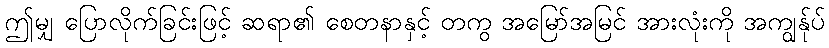
ဤမျှ ပြောလိုက်ခြင်းဖြင့် ဆရာ၏ စေတနာနှင့် တကွ အမြော်အမြင် အားလုံးကို အကျွန်ုပ်